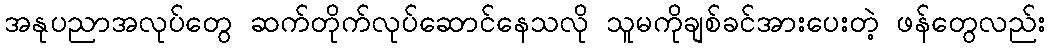
အနုပညာအလုပ်တွေ ဆက်တိုက်လုပ်ဆောင်နေသလို သူမကိုချစ်ခင်အားပေးတဲ့ ဖန်တွေလည်း